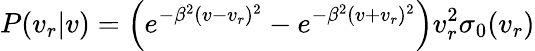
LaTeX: P(v_{r}|v)=\left(e^{-\beta^{2}(v-v_{r})^{2}}-e^{-\beta^{2}(v+v_{r})^{2}}\right)v_{r}^{2}\sigma_{0}(v_{r})